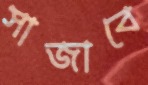
সাজাবে